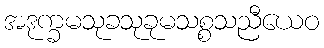
အဒုက္ခမသုခသုခုမသစ္စသညီယေဝ